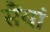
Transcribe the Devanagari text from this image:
सैंयां